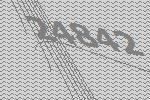
24842